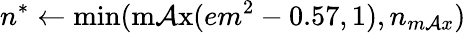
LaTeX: n^{*}\leftarrow\operatorname*{min}(\operatorname*{m\mathcal{A}x}(em^{2}-0.57,1),n_{m\mathcal{A}x})